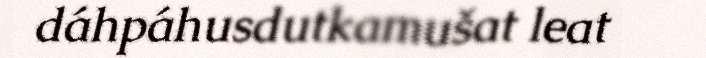
dáhpáhusdutkamušat leat